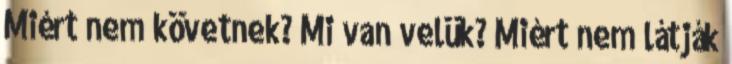
Miért nem követnek? Mi van velük? Miért nem látják